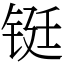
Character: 铤